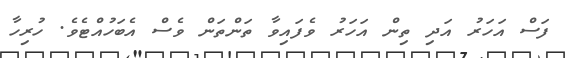
ފަސް އަހަރު އަދި ތިން އަހަރު ވެފައިވާ ތަންތަންް ވެސް އެބަހުއްޓެވެ. ހުރިހާ